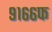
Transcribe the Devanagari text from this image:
९१६६फ